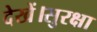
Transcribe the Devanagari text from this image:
देखें।सुरक्षा